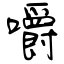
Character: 嚼